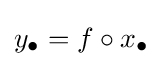
y_{\bullet }=f\circ x_{\bullet }